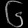
Digit: ၆